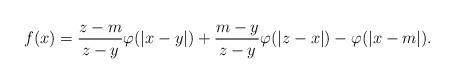
LaTeX: \begin{align*}f(x) = \frac{z-m}{z-y}\varphi(\vert x-y\vert ) + \frac{m-y}{z-y}\varphi(\vert z-x\vert) -\varphi(\vert x-m\vert).\end{align*}